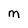
Character: M